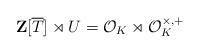
LaTeX: \begin{align*}\mathbf{Z}[\overline{T}]\rtimes U=\mathcal{O}_{K}\rtimes\mathcal{O}_{K}^{\times,+} \end{align*}